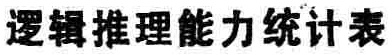
逻辑推理能力统计表